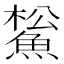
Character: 𩸝